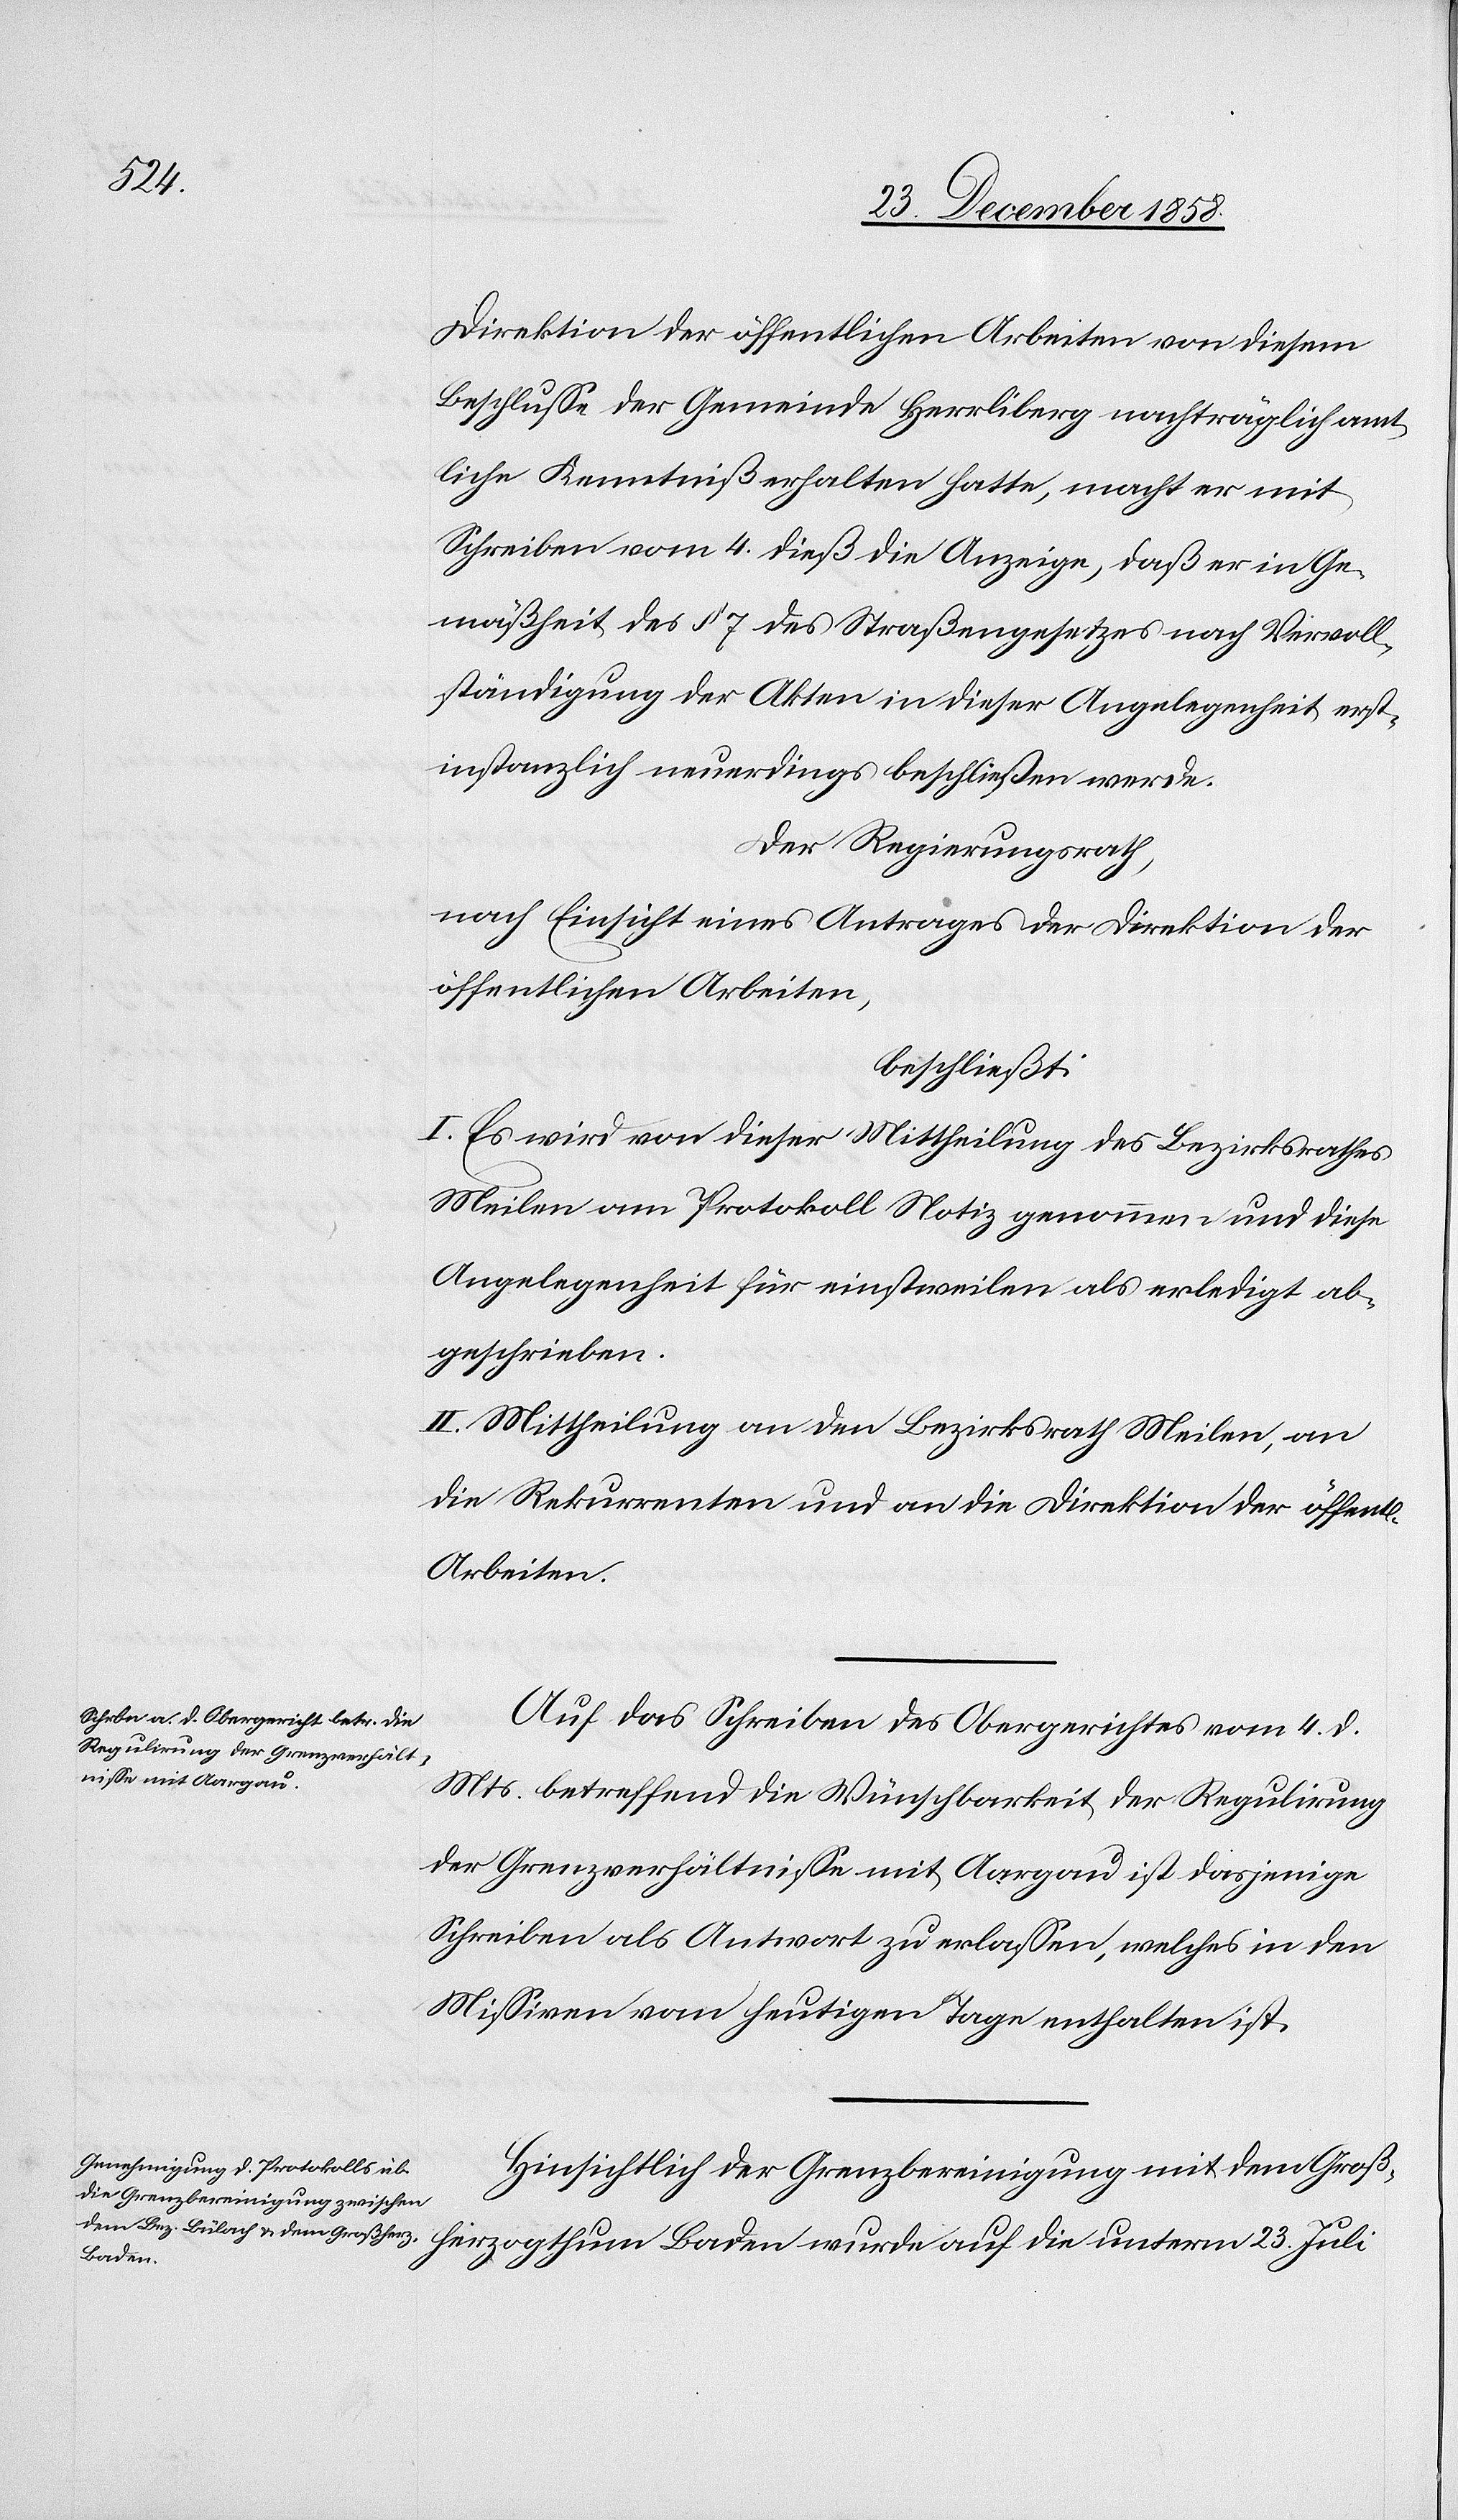
23.

Direktion der öffentlichen Arbeiten von diesem
Beschlusse der Gemeinde Herrliberg nachträglich amt¬
liche Kenntniß erhalten hatte, macht er mit
Schreiben vom 4. dieß die Anzeige, daß er in Ge¬
mäßheit des § 7 des Straßengesetzes nach Vervoll¬
ständigung der Akten in dieser Angelegenheit erst¬
instanzlich neuerdings beschließen werde.
Der Regierungsrath,
nach Einsicht eines Antrages der Direktion der
öffentlichen Arbeiten,
beschließt:
I. Es wird von dieser Mittheilung des Bezirksrathes
Meilen am Protokoll Notiz genommen und diese
Angelegenheit für einstweilen als erledigt ab¬
geschrieben.
II. Mittheilung an den Bezirksrath Meilen, an
die Rekurrenten und an die Direktion der öffentl.
Arbeiten.
Auf das Schreiben des Obergerichtes vom 4. d.
Mts. betreffend die Wünschbarkeit der Regulirung
der Grenzverhältnisse mit Aargau ist dasjenige
Schreiben als Antwort zu erlassen, welches in den
Missiven vom heutigen Tage enthalten ist.
Hinsichtlich der Grenzbereinigung mit dem Groß¬
Baden